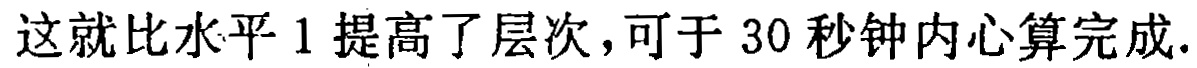
这就比水平 1 提高了层次，可于 30 秒钟内心算完成.